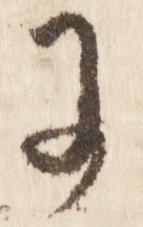
に